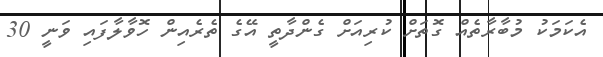
އެކަމަކު މުބާރާތެއް ގޮތަށް ކުރިއަށް ގެންދާތީ އޭގެ ތެރެއިން ހޮވާލާފައި ވަނީ 30